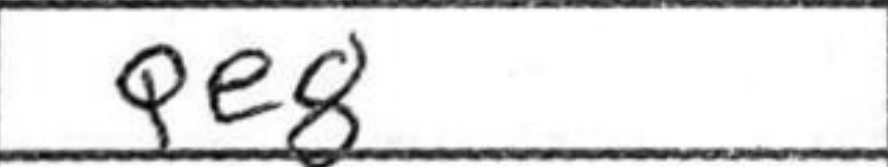
Transcription: Qe8